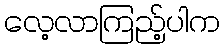
လေ့လာကြည့်ပါက